Indian journal of veterinary science and animal husbandry - Volumes 24-25, 1954-1955
Year: 1954
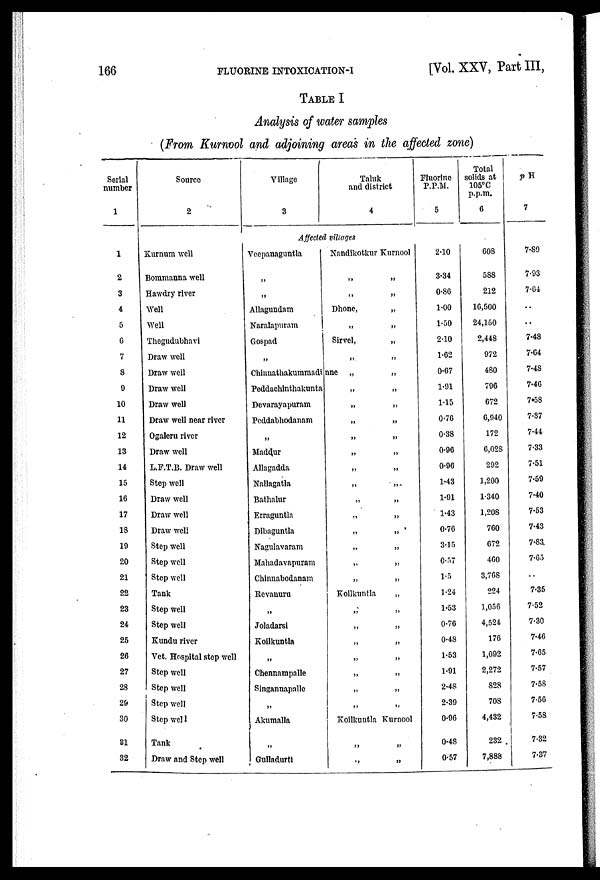
166
FLUORINE
INTOXICATION-I
[Vol. XXV, Part III,
TABLE I
Analysis of water samples
(From Kurnool and adjoining areas in the affected zone)
Serial
number
1
Source
2
Village
3
Taluk
and district
4
Fluorine
P.P.M.
5
Total
solids at
105°C
p.p.m.
6
pH
7
Affected villages
1
2
3
4
5
6
7
8
9
10
11
12
13
14
15
16
17
18
19
20
21
22
23
24
25
26
27
28
29
30
31
32
Kurnum well
Bommanna well
Hawdry river
Well
Well
Thegudubhavi
Draw well
Draw well
Draw well
Draw well
Draw well near river
Ogaleru river
Draw well
L.F.T.B. Draw well
Step well
Draw well
Draw well
Draw well
Step well
Step well
Step well
Tank
Step well
Step well
Kundu river
Vet. Hospital step well
Step well
Step well
Step well
Step well
Tank
Draw and Step well
Veepanaguntla
„
„
Allagundam
Naralapuram
Gospad
„
Nandikotkur Kurnool
„ „
„ „
Dhone,
„
„ „
Sirvel, „
„ „
Chinnathakummadinne „ „
Peddachinthakunta
Devarayapuram
Peddabhodanam
„
Maddur
Allagadda
Nallagatla
Bathalur
Erraguntla
Dibaguntla
Nagulavaram
Mahadavapuram
Chinnabodanam
Revanuru
„
Joladarsi
Koilkuntla
„
Chennampalle
Singannapalle
„
Akumalla
„
Gulladurtt
„ „
„ „
„ „
„ „
„ „
„ „
„ „
„ „
„ „
„ „
„ „
„ „
„ „
Koilkuntla
„
„ „
„ „
„ „
„ „
„ „
„ „
„ „
Koilkuntla Kurnool
„ „
„ „
2.10
3.34
0.86
1.00
1.50
2.10
1.62
0.67
1.91
1.15
0.76
0.38
0.96
0.96
1.43
1.91
1.43
0.76
3.15
0.57
1.5
1.24
1.53
0.76
0.48
1.53
1.91
2.48
2.39
0.96
0.48
0.57
608
588
212
16,500
24,150
2,448
972
480
796
672
6,940
172
6,028
292
1,200
1.340
1,208
760
672
460
3,768
224
1,056
4,524
176
1,092
2,272
828
708
4,432
232
7,888
7.89
7.93
7.64
. .
. .
7.48
7.64
7.48
7.46
7.58
7.37
7.44
7.33
7.51
7.59
7.40
7.53
7.43
7.83
7.65
. .
7.35
7.52
7.30
7.46
7.65
7.57
7.58
7.56
7.58
7.32
7.37